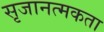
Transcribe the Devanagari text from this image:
सृजानत्मकता